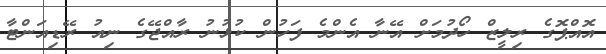
އޮއްޕޮގެ ރިލީޒް ހޯދުމަށް އޭނާ އެންމެ ފަހުން ކުޅުނު ރާއްޖޭގެ ނިއު ރޭޑިއަންޓާ